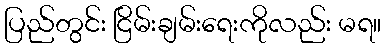
ပြည်တွင်း ငြိမ်းချမ်းရေးကိုလည်း မရ။